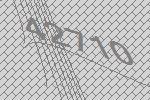
42710